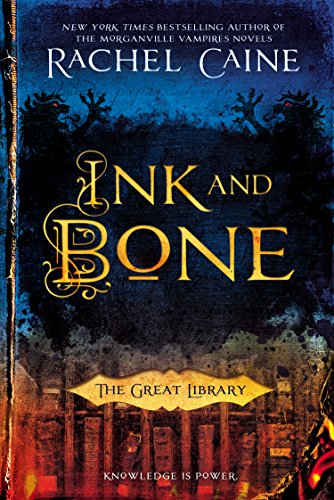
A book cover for Ink and Bone: The Great Library; Rachel Caine; Teen & Young Adult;